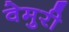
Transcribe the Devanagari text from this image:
वेमुरी